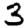
Digit: 3